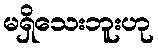
မရှိသေးဘူးဟု